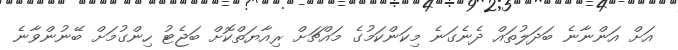
އަށް އަންނާނެ ބަދަލުތައް ދެނެގަނެ މިކަންކަމުގެ މައްޗަށް ރިއާޔަތްކޮށް ބަޖެޓު ހިންގުމަށް ބޭނުންވާނެ